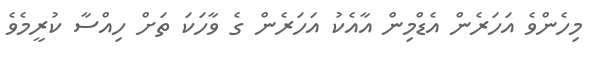
މިހެންވެ އަހަރެން އެޑްމިން އާއެކު އަހަރެން ގެ ވާހަކަ ތަށް ހިއްސާ ކުރީމެވެ